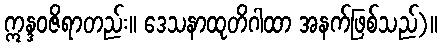
ဣန္ဒဝဇိရာတည်း။ ဒေသနာထုတိဂါထာ အနက်ဖြစ်သည်)။